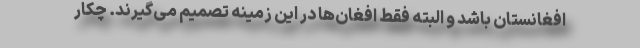
افغانستان باشد و البته فقط افغان‌ها در این زمینه تصمیم می‌گیرند. چکار